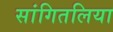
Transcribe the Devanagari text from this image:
सांगितलिया